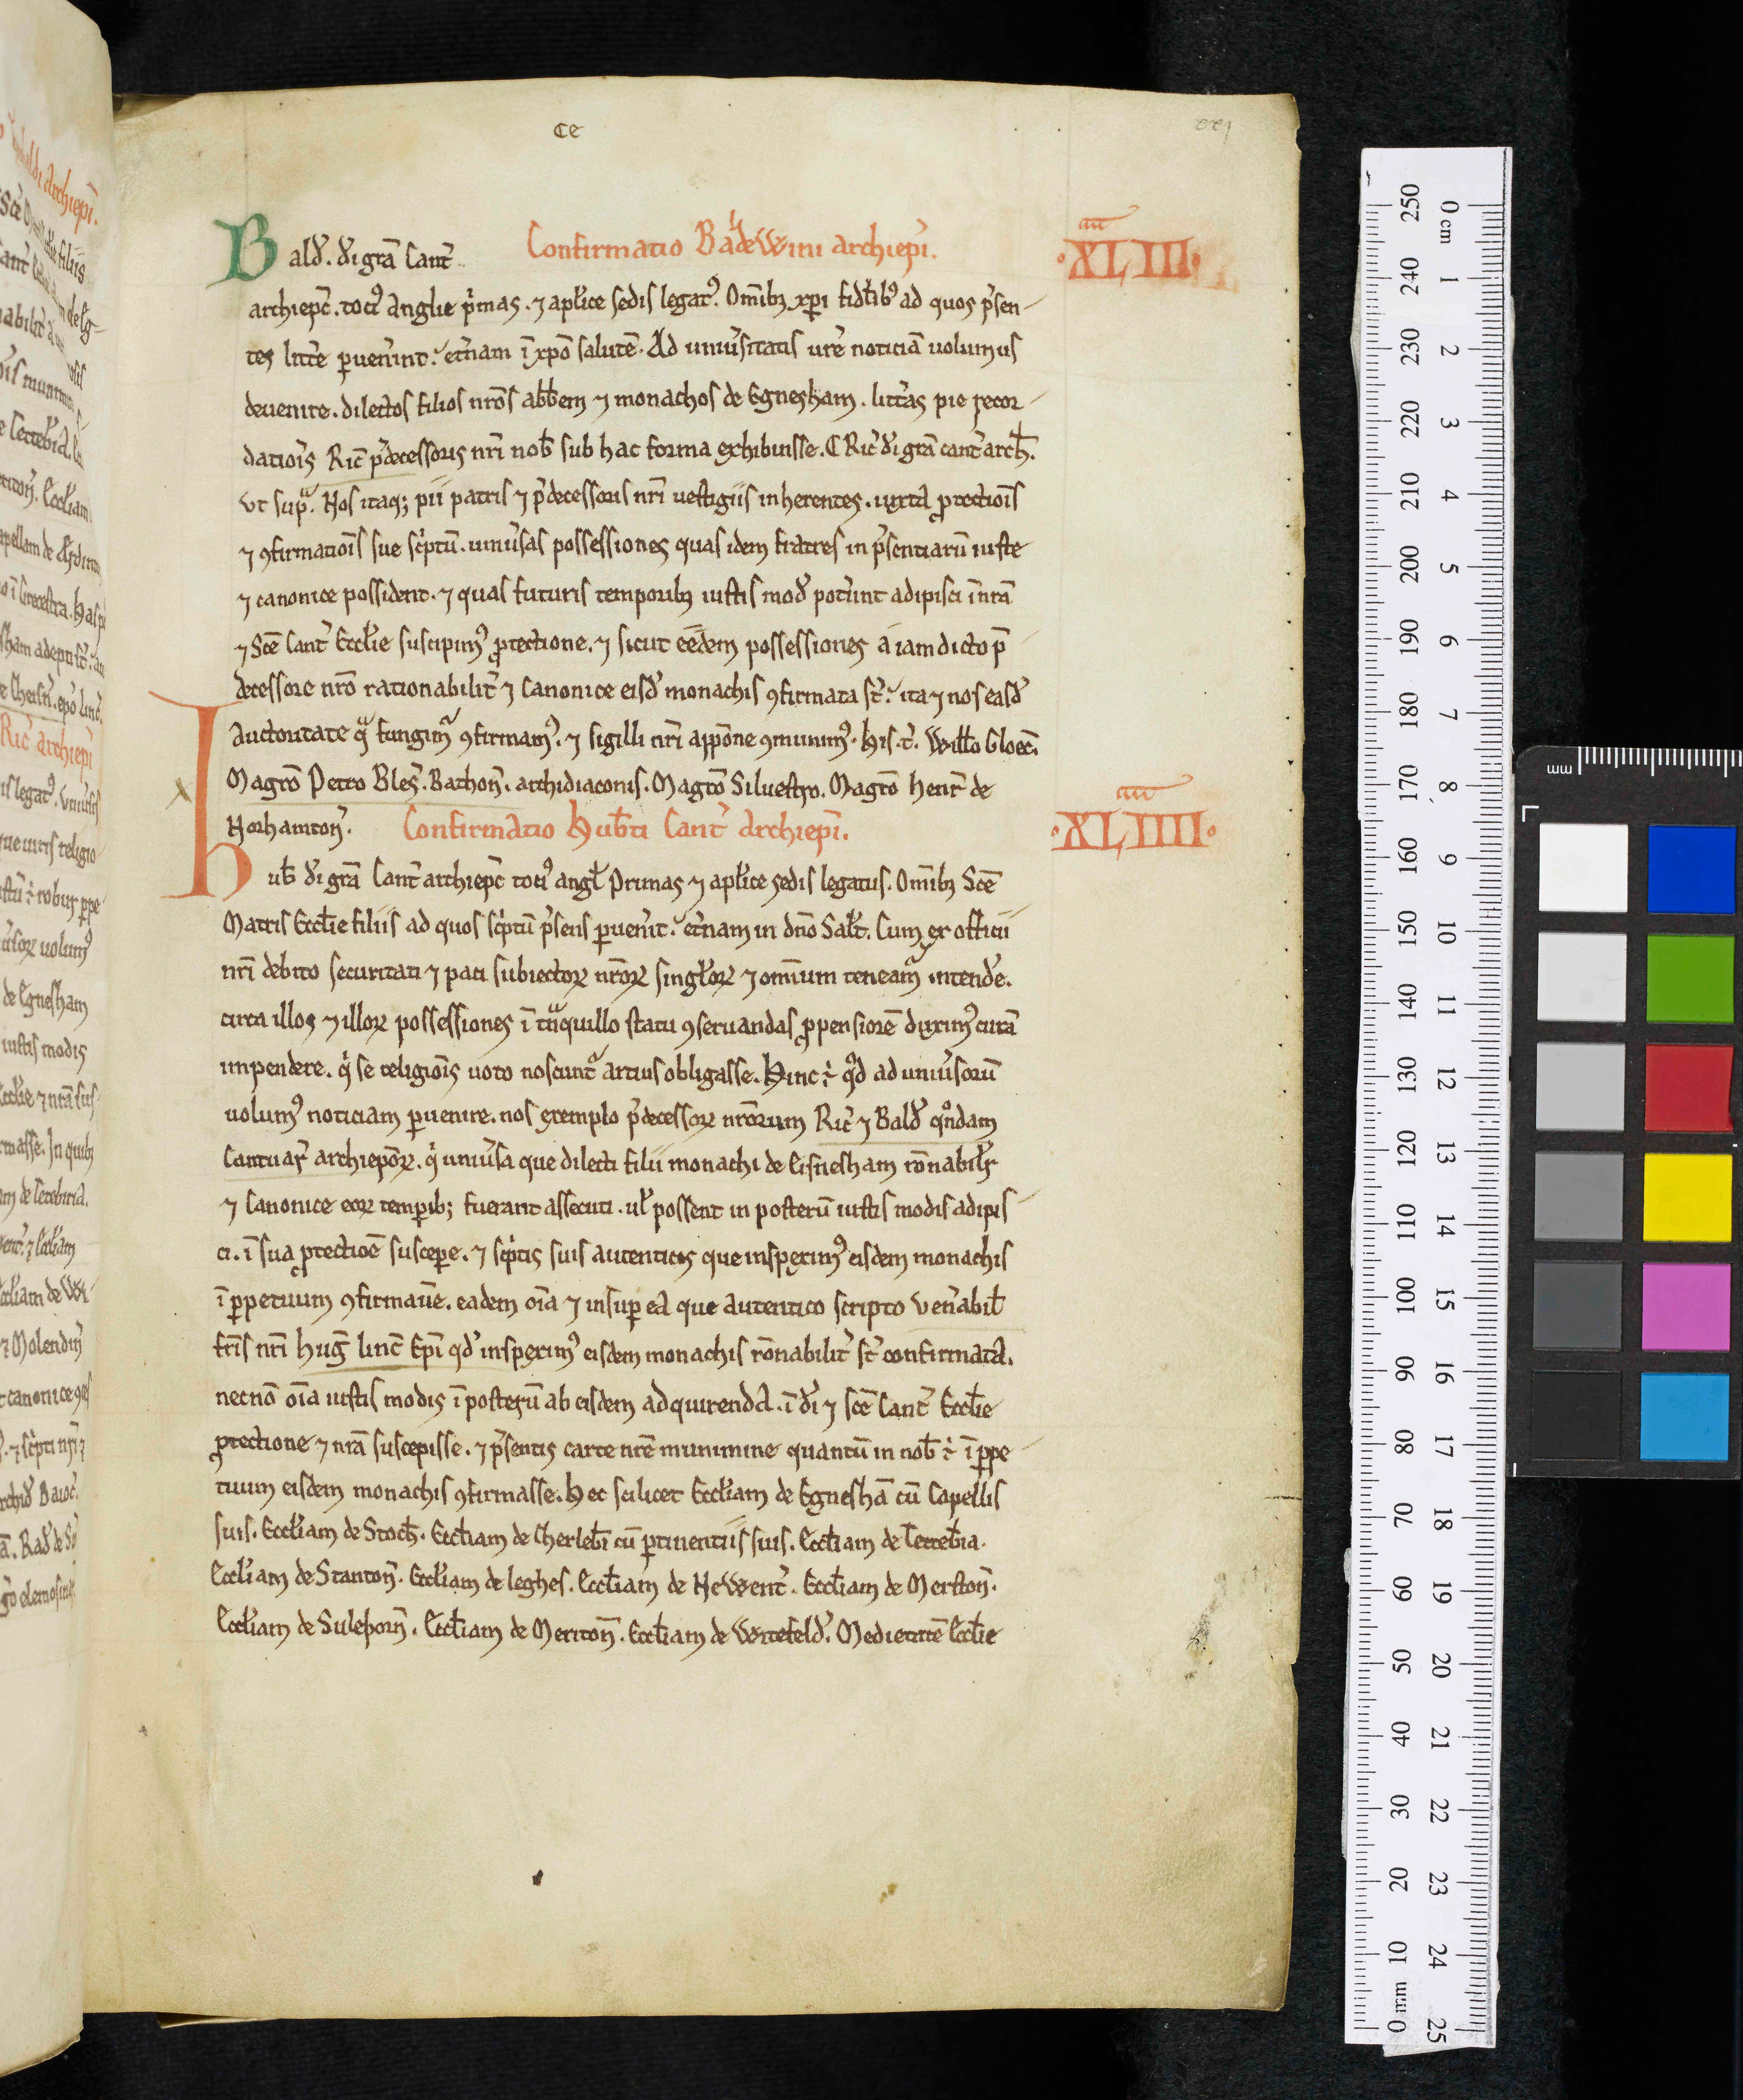
Shelfmark: Oxford, Christ Church Library, 341
Century: 12